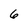
Character: 6